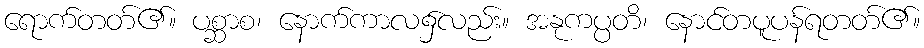
ရောက်တတ်၏။ ပစ္ဆာစ၊ နောက်ကာလ၌လည်း။ အနုကပ္ပတိ၊ နောင်တပူပန်ရတတ်၏။